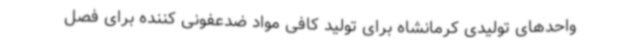
واحدهای تولیدی کرمانشاه برای تولید کافی مواد ضدعفونی کننده برای فصل